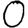
Digit: 0